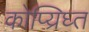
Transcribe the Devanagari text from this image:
कोप्य्रिघ्त